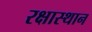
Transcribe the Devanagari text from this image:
रक्षास्थान